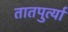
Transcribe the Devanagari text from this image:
तातपुर्त्या